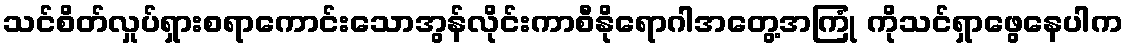
သင်စိတ်လှုပ်ရှားစရာကောင်းသောအွန်လိုင်းကာစီနိုရောဂါအတွေ့အကြုံ ကိုသင်ရှာဖွေနေပါက